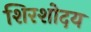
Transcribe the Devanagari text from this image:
शिरशोदय